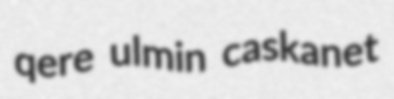
qere ulmin caskanet